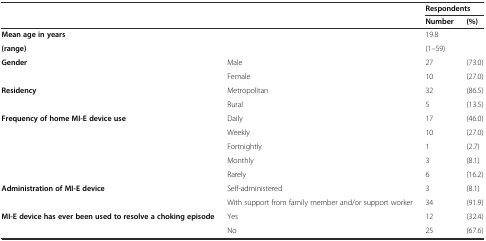
<table><thead><tr><td>[EMPTY_CELL]</td><td>[EMPTY_CELL]</td><td colspan="2"><b>Respondents</b></td></tr><tr><td>[EMPTY_CELL]</td><td>[EMPTY_CELL]</td><td><b>Number</b></td><td><b>(%)</b></td></tr></thead><tbody><tr><td><b>Mean age in years</b></td><td>[EMPTY_CELL]</td><td>19.8</td><td>[EMPTY_CELL]</td></tr><tr><td><b>(range)</b></td><td>[EMPTY_CELL]</td><td>(1–59)</td><td>[EMPTY_CELL]</td></tr><tr><td><b>Gender</b></td><td>Male</td><td>27</td><td>(73.0)</td></tr><tr><td>[EMPTY_CELL]</td><td>Female</td><td>10</td><td>(27.0)</td></tr><tr><td><b>Residency</b></td><td>Metropolitan</td><td>32</td><td>(86.5)</td></tr><tr><td>[EMPTY_CELL]</td><td>Rural</td><td>5</td><td>(13.5)</td></tr><tr><td><b>Frequency of home MI-E device use</b></td><td>Daily</td><td>17</td><td>(46.0)</td></tr><tr><td>[EMPTY_CELL]</td><td>Weekly</td><td>10</td><td>(27.0)</td></tr><tr><td>[EMPTY_CELL]</td><td>Fortnightly</td><td>1</td><td>(2.7)</td></tr><tr><td>[EMPTY_CELL]</td><td>Monthly</td><td>3</td><td>(8.1)</td></tr><tr><td>[EMPTY_CELL]</td><td>Rarely</td><td>6</td><td>(16.2)</td></tr><tr><td><b>Administration of MI-E device</b></td><td>Self-administered</td><td>3</td><td>(8.1)</td></tr><tr><td>[EMPTY_CELL]</td><td>With support from family member and/or support worker</td><td>34</td><td>(91.9)</td></tr><tr><td><b>MI-E device has ever been used to resolve a choking episode</b></td><td>Yes</td><td>12</td><td>(32.4)</td></tr><tr><td>[EMPTY_CELL]</td><td>No</td><td>25</td><td>(67.6)</td></tr></tbody></table>